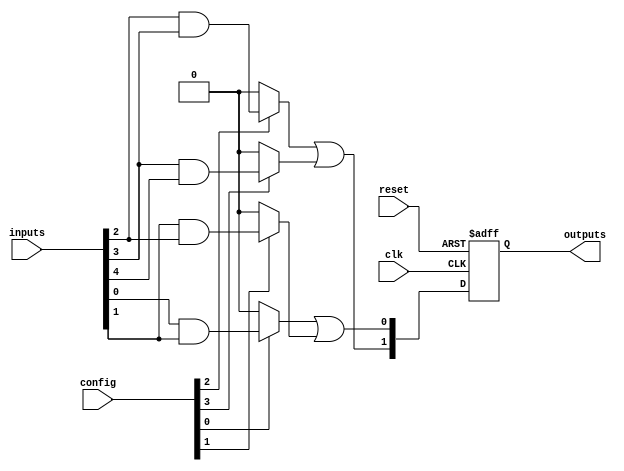
module RPAL (
    input wire clk,                // Clock input
    input wire reset,              // Asynchronous reset
    input wire [N-1:0] inputs,     // Input vector (N inputs)
    input wire [M-1:0] config,     // Configuration for AND array (M product terms)
    output reg [P-1:0] outputs     // Registered outputs (P outputs)
);
    parameter N = 8;               // Number of inputs
    parameter M = 4;               // Number of product terms in AND array
    parameter P = 2;               // Number of outputs

    // Embedded AND terms and OR outputs
    wire [M-1:0] and_outputs;      // Outputs from programmable AND array
    wire [P-1:0] or_outputs;        // Outputs from fixed OR array

    // Programmable AND array
    genvar i, j;
    generate
        for (i = 0; i < M; i = i + 1) begin: and_array
            assign and_outputs[i] = (config[i] == 1'b1) ? 
                                     (inputs[i] & inputs[i+1]) : 1'b0; 
        end
    endgenerate

    // Fixed OR array (for simplicity, using a simple ORing logic)
    assign or_outputs[0] = and_outputs[0] | and_outputs[1];
    assign or_outputs[1] = and_outputs[2] | and_outputs[3];

    // Register outputs
    always @(posedge clk or posedge reset) begin
        if (reset) begin
            outputs <= {P{1'b0}}; // Clear outputs on reset
        end else begin
            outputs <= or_outputs; // Latch outputs on clock edge
        end
    end

endmodule